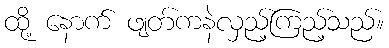
ထို့ နောက် ဖျတ်ကနဲလှည့်ကြည့်သည်။